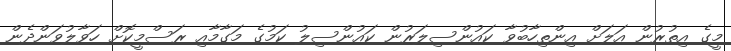
މީގެ އިތުރުން އަލަށް އިންތިހާބުވާ ކައުންސިލަރުން ކައުންސިލު ކަމުގެ މަގާމާއި ރަސްމީކޮށް ހަވާލުވަންދެން